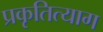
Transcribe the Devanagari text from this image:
प्रकृतित्याग